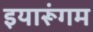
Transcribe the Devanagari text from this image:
इयारूंगम